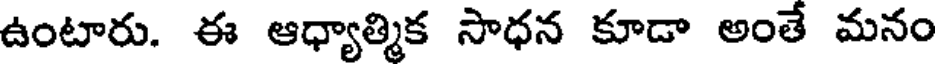
ఉంటారు. ఈ ఆధ్యాత్మిక సాధన కూడా అంతే మనం